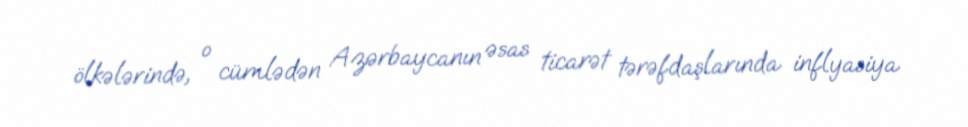
ölkələrində, o cümlədən Azərbaycanın əsas ticarət tərəfdaşlarında inflyasiya